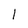
Character: 1